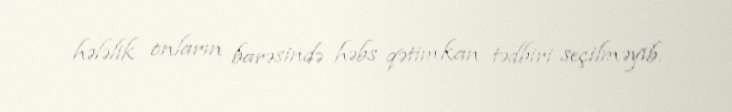
hələlik onların barəsində həbs qətimkan tədbiri seçilməyib.